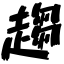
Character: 趨